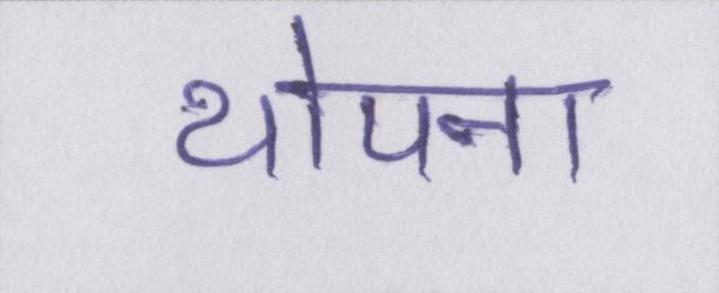
थोपना